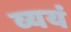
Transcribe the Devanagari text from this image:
व्ययं